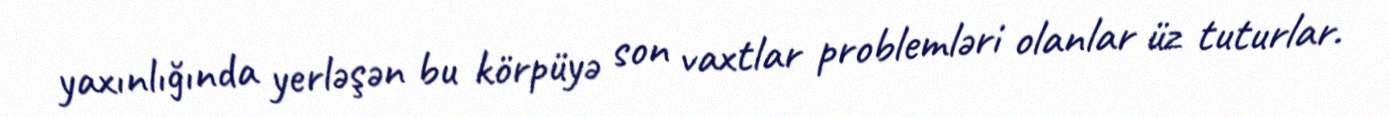
yaxınlığında yerləşən bu körpüyə son vaxtlar problemləri olanlar üz tuturlar.